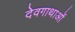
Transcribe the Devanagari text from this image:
देवगाथाओं